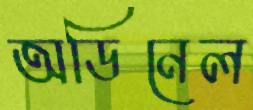
অডিনেল